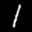
Label: 1